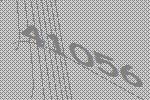
41056